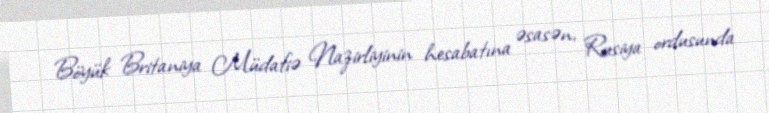
Böyük Britaniya Müdafiə Nazirliyinin hesabatına əsasən, Rusiya ordusunda